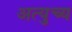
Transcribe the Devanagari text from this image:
अत्युच्य